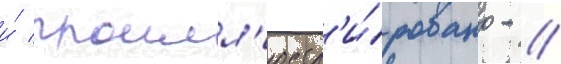
и́ проилл'юстр'и́ровано - //